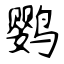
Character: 鹦